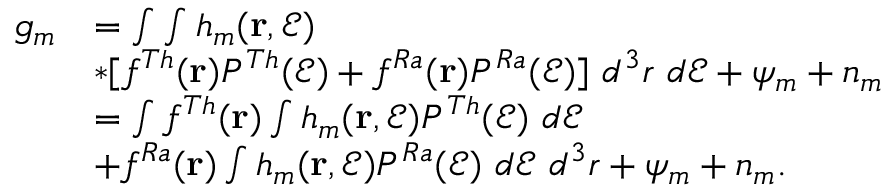
\begin{array} { r l } { g _ { m } } & { = \int \int h _ { m } ( \mathbf { r } , \mathcal { E } ) } \\ & { * [ f ^ { T h } ( \mathbf { r } ) P ^ { T h } ( \mathcal { E } ) + f ^ { R a } ( \mathbf { r } ) P ^ { R a } ( \mathcal { E } ) ] ~ d ^ { 3 } r ~ d \mathcal { E } + \psi _ { m } + n _ { m } } \\ & { = \int f ^ { T h } ( \mathbf { r } ) \int h _ { m } ( \mathbf { r } , \mathcal { E } ) P ^ { T h } ( \mathcal { E } ) ~ d \mathcal { E } } \\ & { + f ^ { R a } ( \mathbf { r } ) \int h _ { m } ( \mathbf { r } , \mathcal { E } ) P ^ { R a } ( \mathcal { E } ) ~ d \mathcal { E } ~ d ^ { 3 } r + \psi _ { m } + n _ { m } . } \end{array}